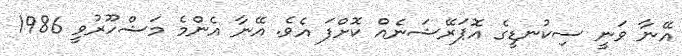
އޭނާ ވަނީ ސިކުނޑީގެ އޮޕަރޭޝަނެއް ކޮށްފަ އެވެ. އޭނާ އެންމެ މަޝްހޫރުވީ 1986